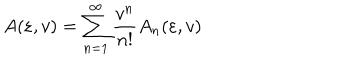
A ( \varepsilon , v ) = \sum _ { n = 1 } ^ { \infty } { \frac { v ^ { n } } { n ! } } A _ { n } ( \varepsilon , v )